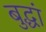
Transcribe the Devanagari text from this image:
बुद्धां